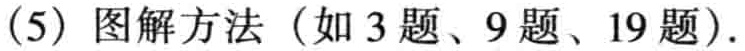
(5) 图解方法（如 3 题、9 题、19 题）.